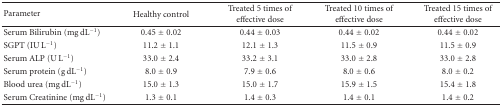
<table><thead><tr><td><b>Parameter</b></td><td><b>Healthy control</b></td><td><b>Treated 5 times of effective dose</b></td><td><b>Treated 10 times of effective dose</b></td><td><b>Treated 15 times of effective dose</b></td></tr></thead><tbody><tr><td>Serum Bilirubin (mg dL<sup>−1</sup>)</td><td>0.45 ± 0.02</td><td>0.44 ± 0.03</td><td>0.44 ± 0.02</td><td>0.44 ± 0.02</td></tr><tr><td>SGPT (IU L<sup>−1</sup>)</td><td>11.2 ± 1.1</td><td>12.1 ± 1.3</td><td>11.5 ± 0.9</td><td>11.5 ± 0.9</td></tr><tr><td>Serum ALP (U L<sup>−1</sup>)</td><td>33.0 ± 2.4</td><td>33.2 ± 3.1</td><td>33.0 ± 2.8</td><td>33.0 ± 2.8</td></tr><tr><td>Serum protein (g dL<sup>−1</sup>)</td><td>8.0 ± 0.9</td><td>7.9 ± 0.6</td><td>8.0 ± 0.6</td><td>8.0 ± 0.2</td></tr><tr><td>Blood urea (mg dL<sup>−1</sup>)</td><td>15.0 ± 1.3</td><td>15.0 ± 1.7</td><td>15.9 ± 1.5</td><td>15.4 ± 1.8</td></tr><tr><td>Serum Creatinine (mg dL<sup>−1</sup>)</td><td>1.3 ± 0.1</td><td>1.4 ± 0.3</td><td>1.4 ± 0.1</td><td>1.4 ± 0.2</td></tr></tbody></table>